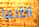
اظنها